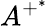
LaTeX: A^{+^{*}}